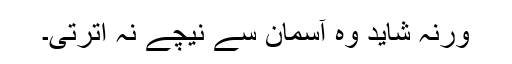
ورنہ شاید وہ آسمان سے نیچے نہ اترتی۔